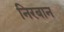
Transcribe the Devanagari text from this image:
निरबान